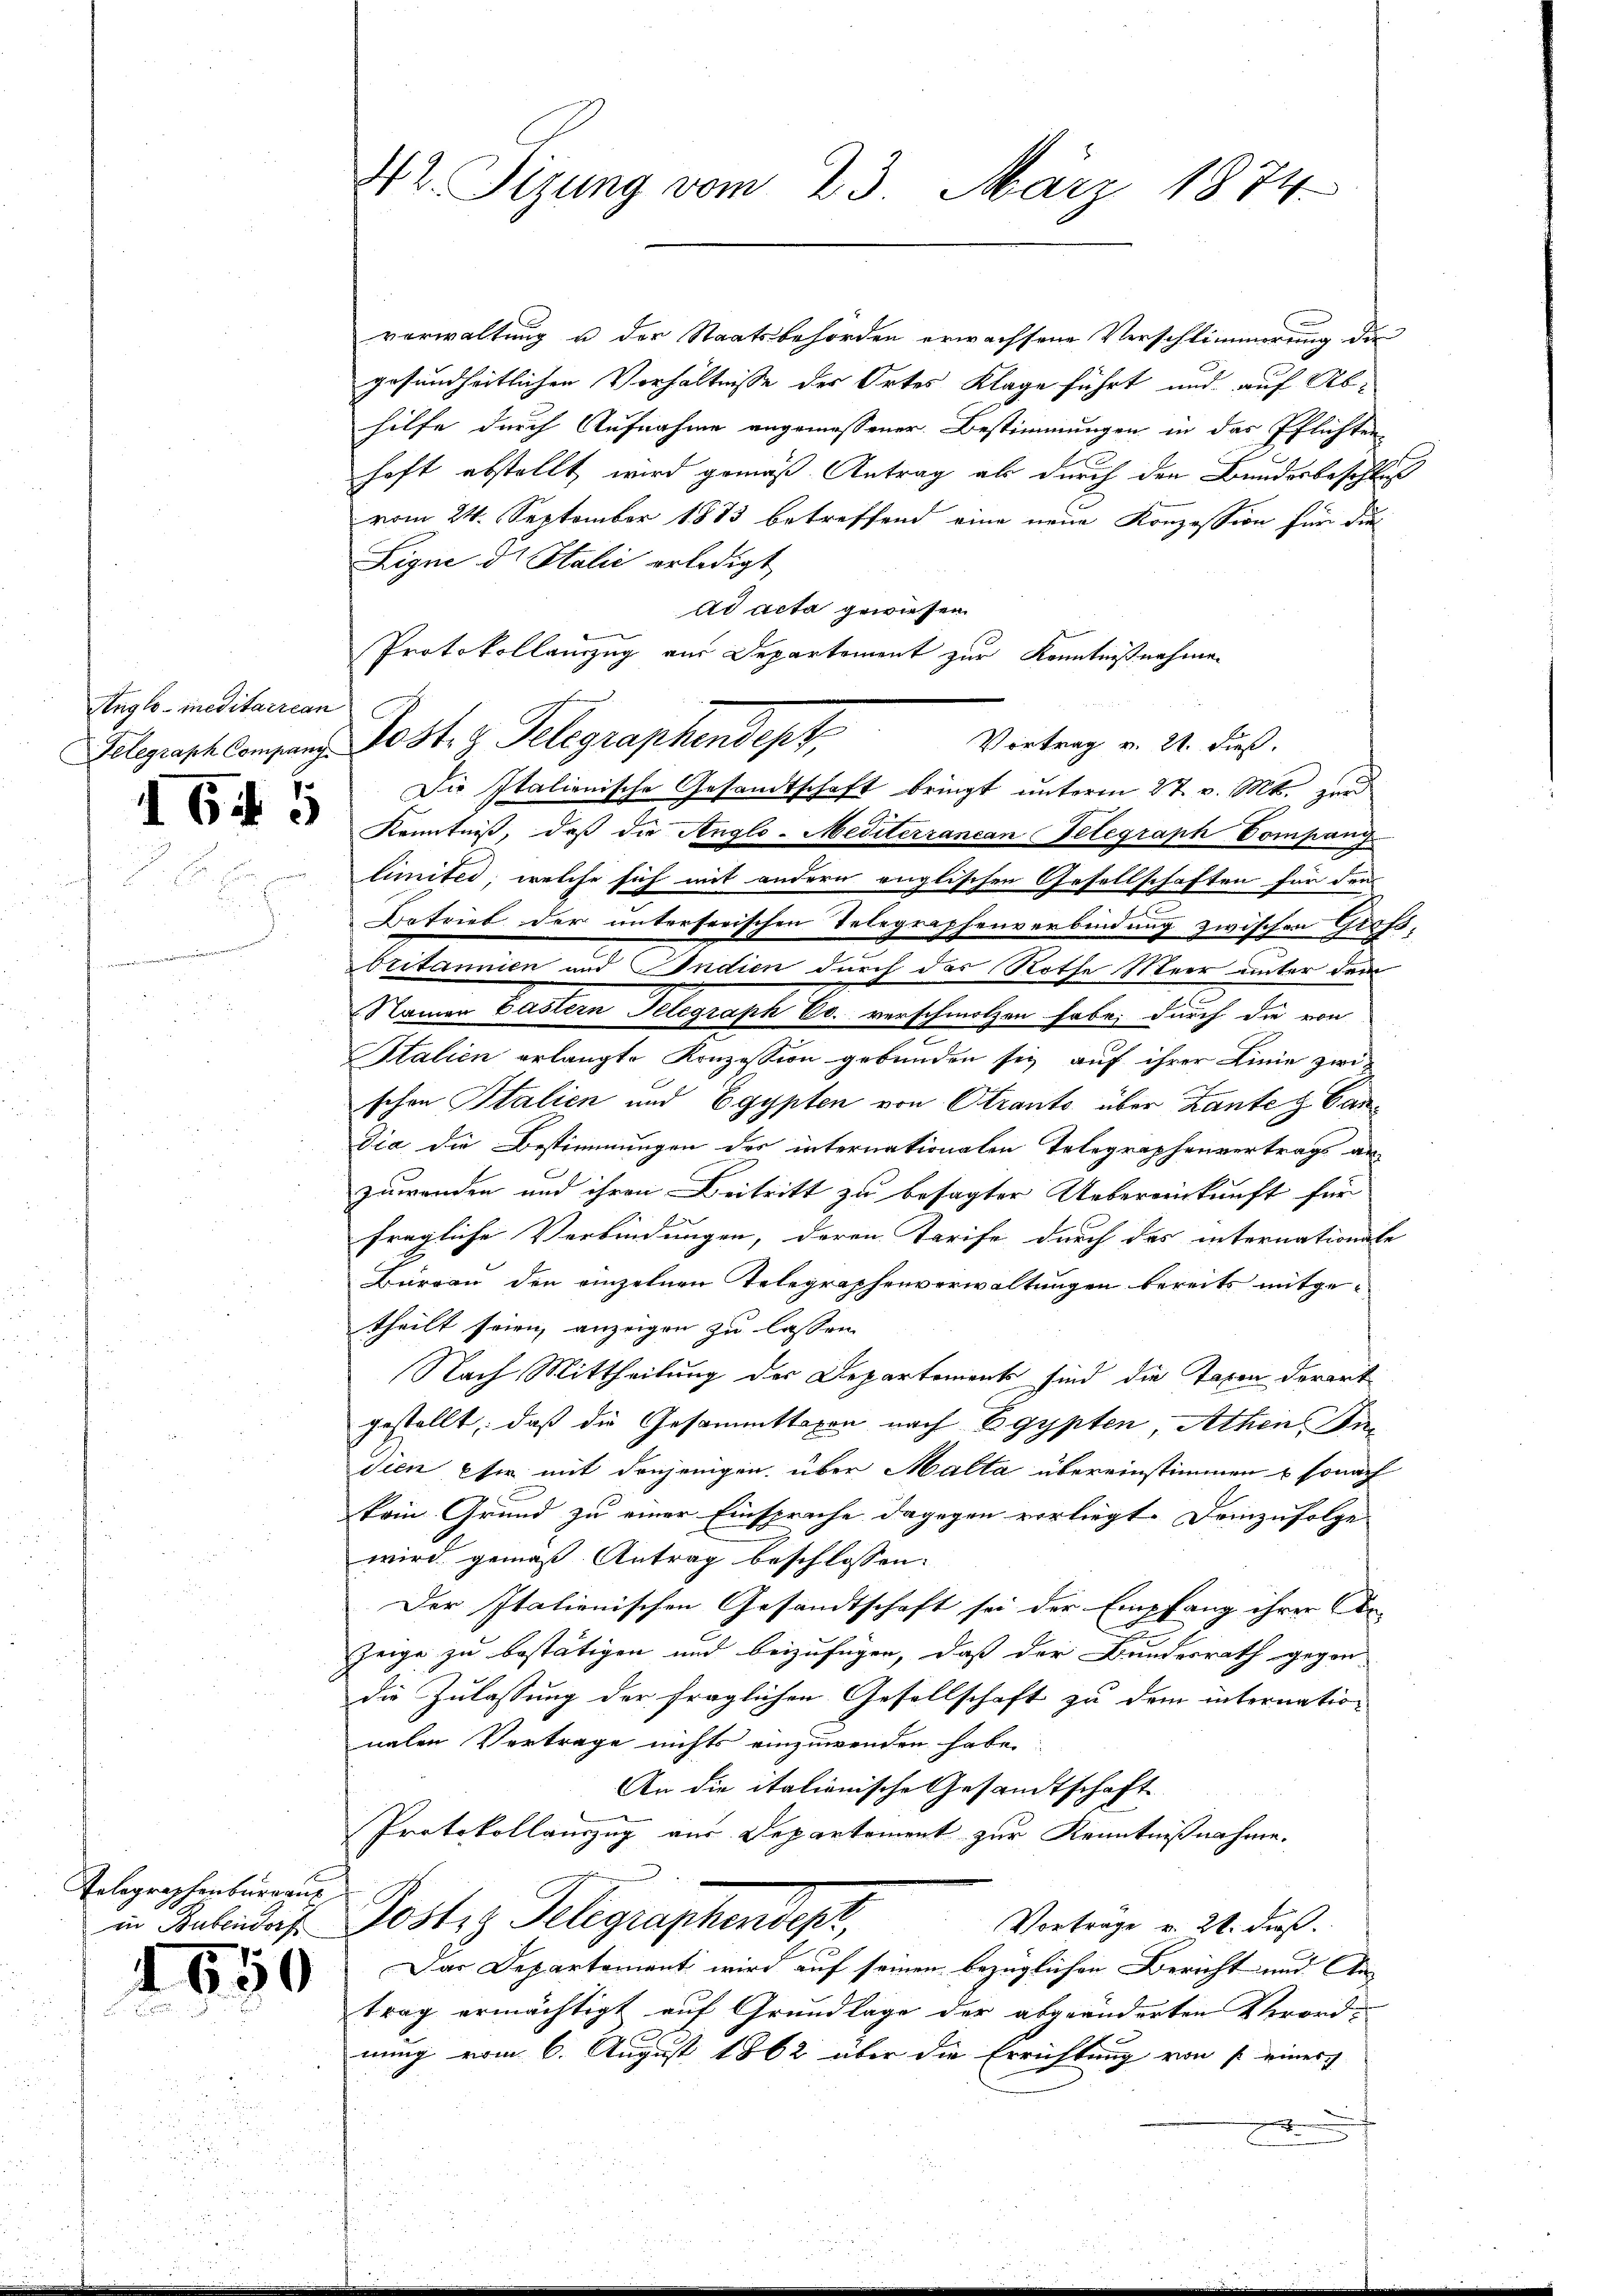
Anglo-Meditairean

65

Telegraphenburgau
in Bubendorf

3
4600

verwaltung u der Staatsbehörden erwachsene Verschlimmerung die
gesundheitlichen Verhältnisse der Ortes Klage führt und auf Ab-
hilfe durch Aufnahme angemessener Bestimmungen in das Pflichten
haft abstellt wird gemäß Antrag als durch den Bundesbeschluß
vom 24. September 1883 betreffend eine neue Konzession für die
Ligne dr Italić erledigt
ad acta gewiesen
Protokollanzug aus Departement zur Kenntnißnahmen
Belegrasch langung Post. z. Telegraphendept
Die Italienische Gesandtschaft bringt unterm 27. v. Mtt. und
Kenntniβ, daβ die Anglo-Mediterzancan-Telegraph Company
limites, welche sich mit andern englischen Gesellschaften für den
Betrieb der unterserischen Telegraphenverbindung zwischen Grofbritannien und Indien durch das Rothe Meer unter dem
Namen Lastern Telegraph Er. verschmolzen habe, durch die von
Italien erlangte Konzession gebunden sei, auf ihrer Linie zwi-
schon Italien und Egypten von Otrants über Zante & Candia die Bestimmungen des internationalen Telegraphenvertrags an-
zuwenden und ihren Beitritt zu besagter Uebereinkunft für
fragliche Verbindungen, deren Tarife durch des internationale
Burgau den einzelnen Telegraphenverwaltungen bereits mitgetheilt seien, anzeigen zu lassen
Nach Mittheilung der Departements sind die Taxen derart
gestellt, daß die Gesammttaxen nach Egypten, Athen Si
dien für mit denjenigen über Malta übereinstimmen u sonach
krin Grund zu einer Einsprache dagegen vorliegt. demzufolge
wird gemäß Antrag beschlossen:
Der Italienischen Gesandtschaft sei der Empfang ihrer An
u
Zeige zu bestätigen und beizufügen, daß der Bundesrath gegen-
die Zulassung der fraglichen Gesellschaft zu dem internation
nalen Vertrage nichts einzuwenden habe.
An die italienische Gesandtschaft
Protokollauszug aus Departement zur Kenntnißnahme.
Postiz Telegraphendept
Vortrage v. 28. dieß.
5
Das Departement wird auf seinen bezüglichen Bericht und An-
trag ermächtigt auf Grundlage der abgeänderten Verordnung vom 6. August 1862 über die Errichtung von seiner
.

42. Sizung vom 23. März 1874.

Vortrag v. 21. dieß.